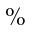
\%